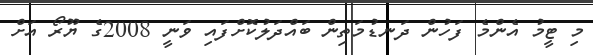
މި ޓީމު އެންމެ ފަހުން ދަނޑުމަތިން ބައްދަލުކޮށްފައި ވަނީ 2008ގެ ޔޫރޯ އަށް